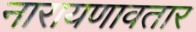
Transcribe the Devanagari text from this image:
नारायणावतार